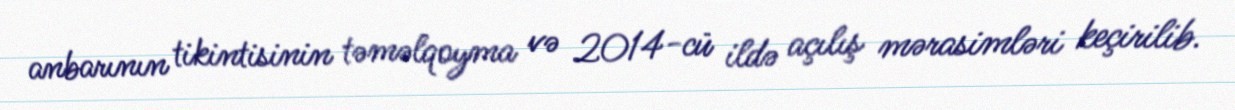
anbarının tikintisinin təməlqoyma və 2014-cü ildə açılış mərasimləri keçirilib.